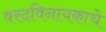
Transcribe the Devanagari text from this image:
वरदविनायकाचे